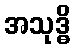
အသုဒ္ဓိ